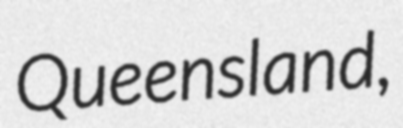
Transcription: Queensland,